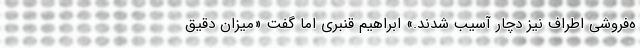
ه‌فروشی اطراف نیز دچار آسیب شدند.» ابراهیم قنبری اما گفت «میزان دقیق